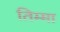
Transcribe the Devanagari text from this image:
तिम्मा